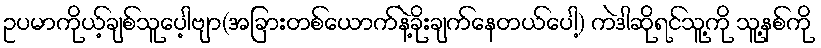
ဥပမာကိုယ့်ချစ်သူပေ့ါဗျာ(အခြားတစ်ယောက်နဲ့ခိုးချက်နေတယ်ပေါ့) ကဲဒါဆိုရင်သူ့ကို သူ့နစ်ကို